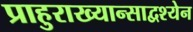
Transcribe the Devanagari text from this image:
प्राहुराख्यान्साद्वश्येन